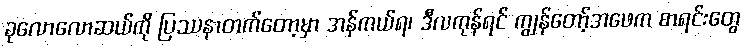
ခုလောလောဆယ်ကို ပြဿနာတက်တော့မှာ အန်ကယ်ရ၊ ဒီလကုန်ရင် ကျွန်တော့်အဖေက စာရင်းတွေ